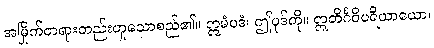
အမြိုက်တရားတည်းဟူသောစည်၏။ ဣမံပဒံ၊ ဤပုဒ်ကို။ ဣတိင်္ဂဝိပရိယာယော၊